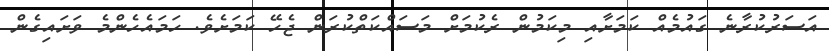
އަސަރުކުރާނެ ގައުމެއް ކަމަށާއި މިކަމުން ރެކުމަށް މަސައްކަތްކުރަން ޖެހޭ ކަމަށެވެ. ހަމައެހެންމެ ވަށައިގެން